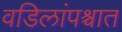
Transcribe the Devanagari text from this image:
वडिलांपश्चात